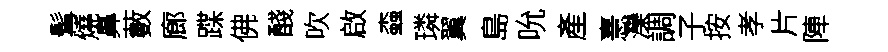
髯燒鼻藪廊蹀佛醆吹啟螙璘翼島吮產憙灤調子按孝片陣